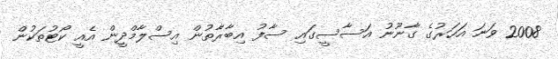
2008 ވަނަ އަހަރުގެ ގާނޫނު އަސާސީގައި ސާފު އިބާރާތުން އިސްލާމްދީން އެއީ ކޯޓުތަކުން